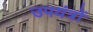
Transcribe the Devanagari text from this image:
उपयंत्रों